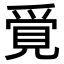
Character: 𧠳